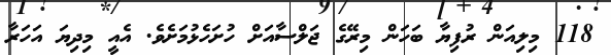
118 މިލިއަން ރުފިޔާ ބަހަން މިރޭގެ ޖަލްސާއަށް ހުށަހެޅުމަށެވެ. އެއީ މިދިޔަ އަހަރާ